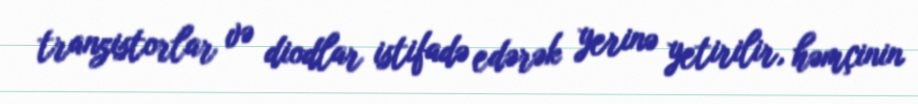
tranzistorlar və diodlar istifadə edərək yerinə yetirilir, həmçinin